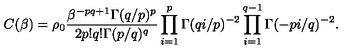
C ( \beta ) = \rho _ { 0 } \frac { \beta ^ { - p q + 1 } \Gamma ( q / p ) ^ { p } } { 2 p ! q ! \Gamma ( p / q ) ^ { q } } \prod _ { i = 1 } ^ { p } \Gamma ( q i / p ) ^ { - 2 } \prod _ { i = 1 } ^ { q - 1 } \Gamma ( - p i / q ) ^ { - 2 } .